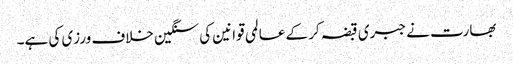
بھارت نے جبری قبضہ کر کے عالمی قوانین کی سنگین خلاف ورزی کی ہے۔